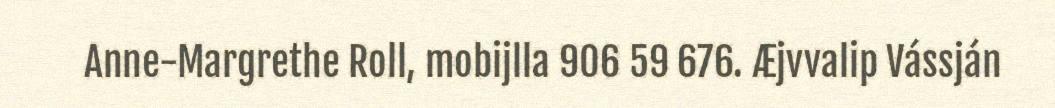
Anne-Margrethe Roll, mobijlla 906 59 676. Æjvvalip Vássján